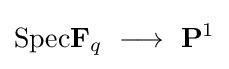
{\text{Spec}}\mathbf {F} _{q}\ \longrightarrow \ \mathbf {P} ^{1}